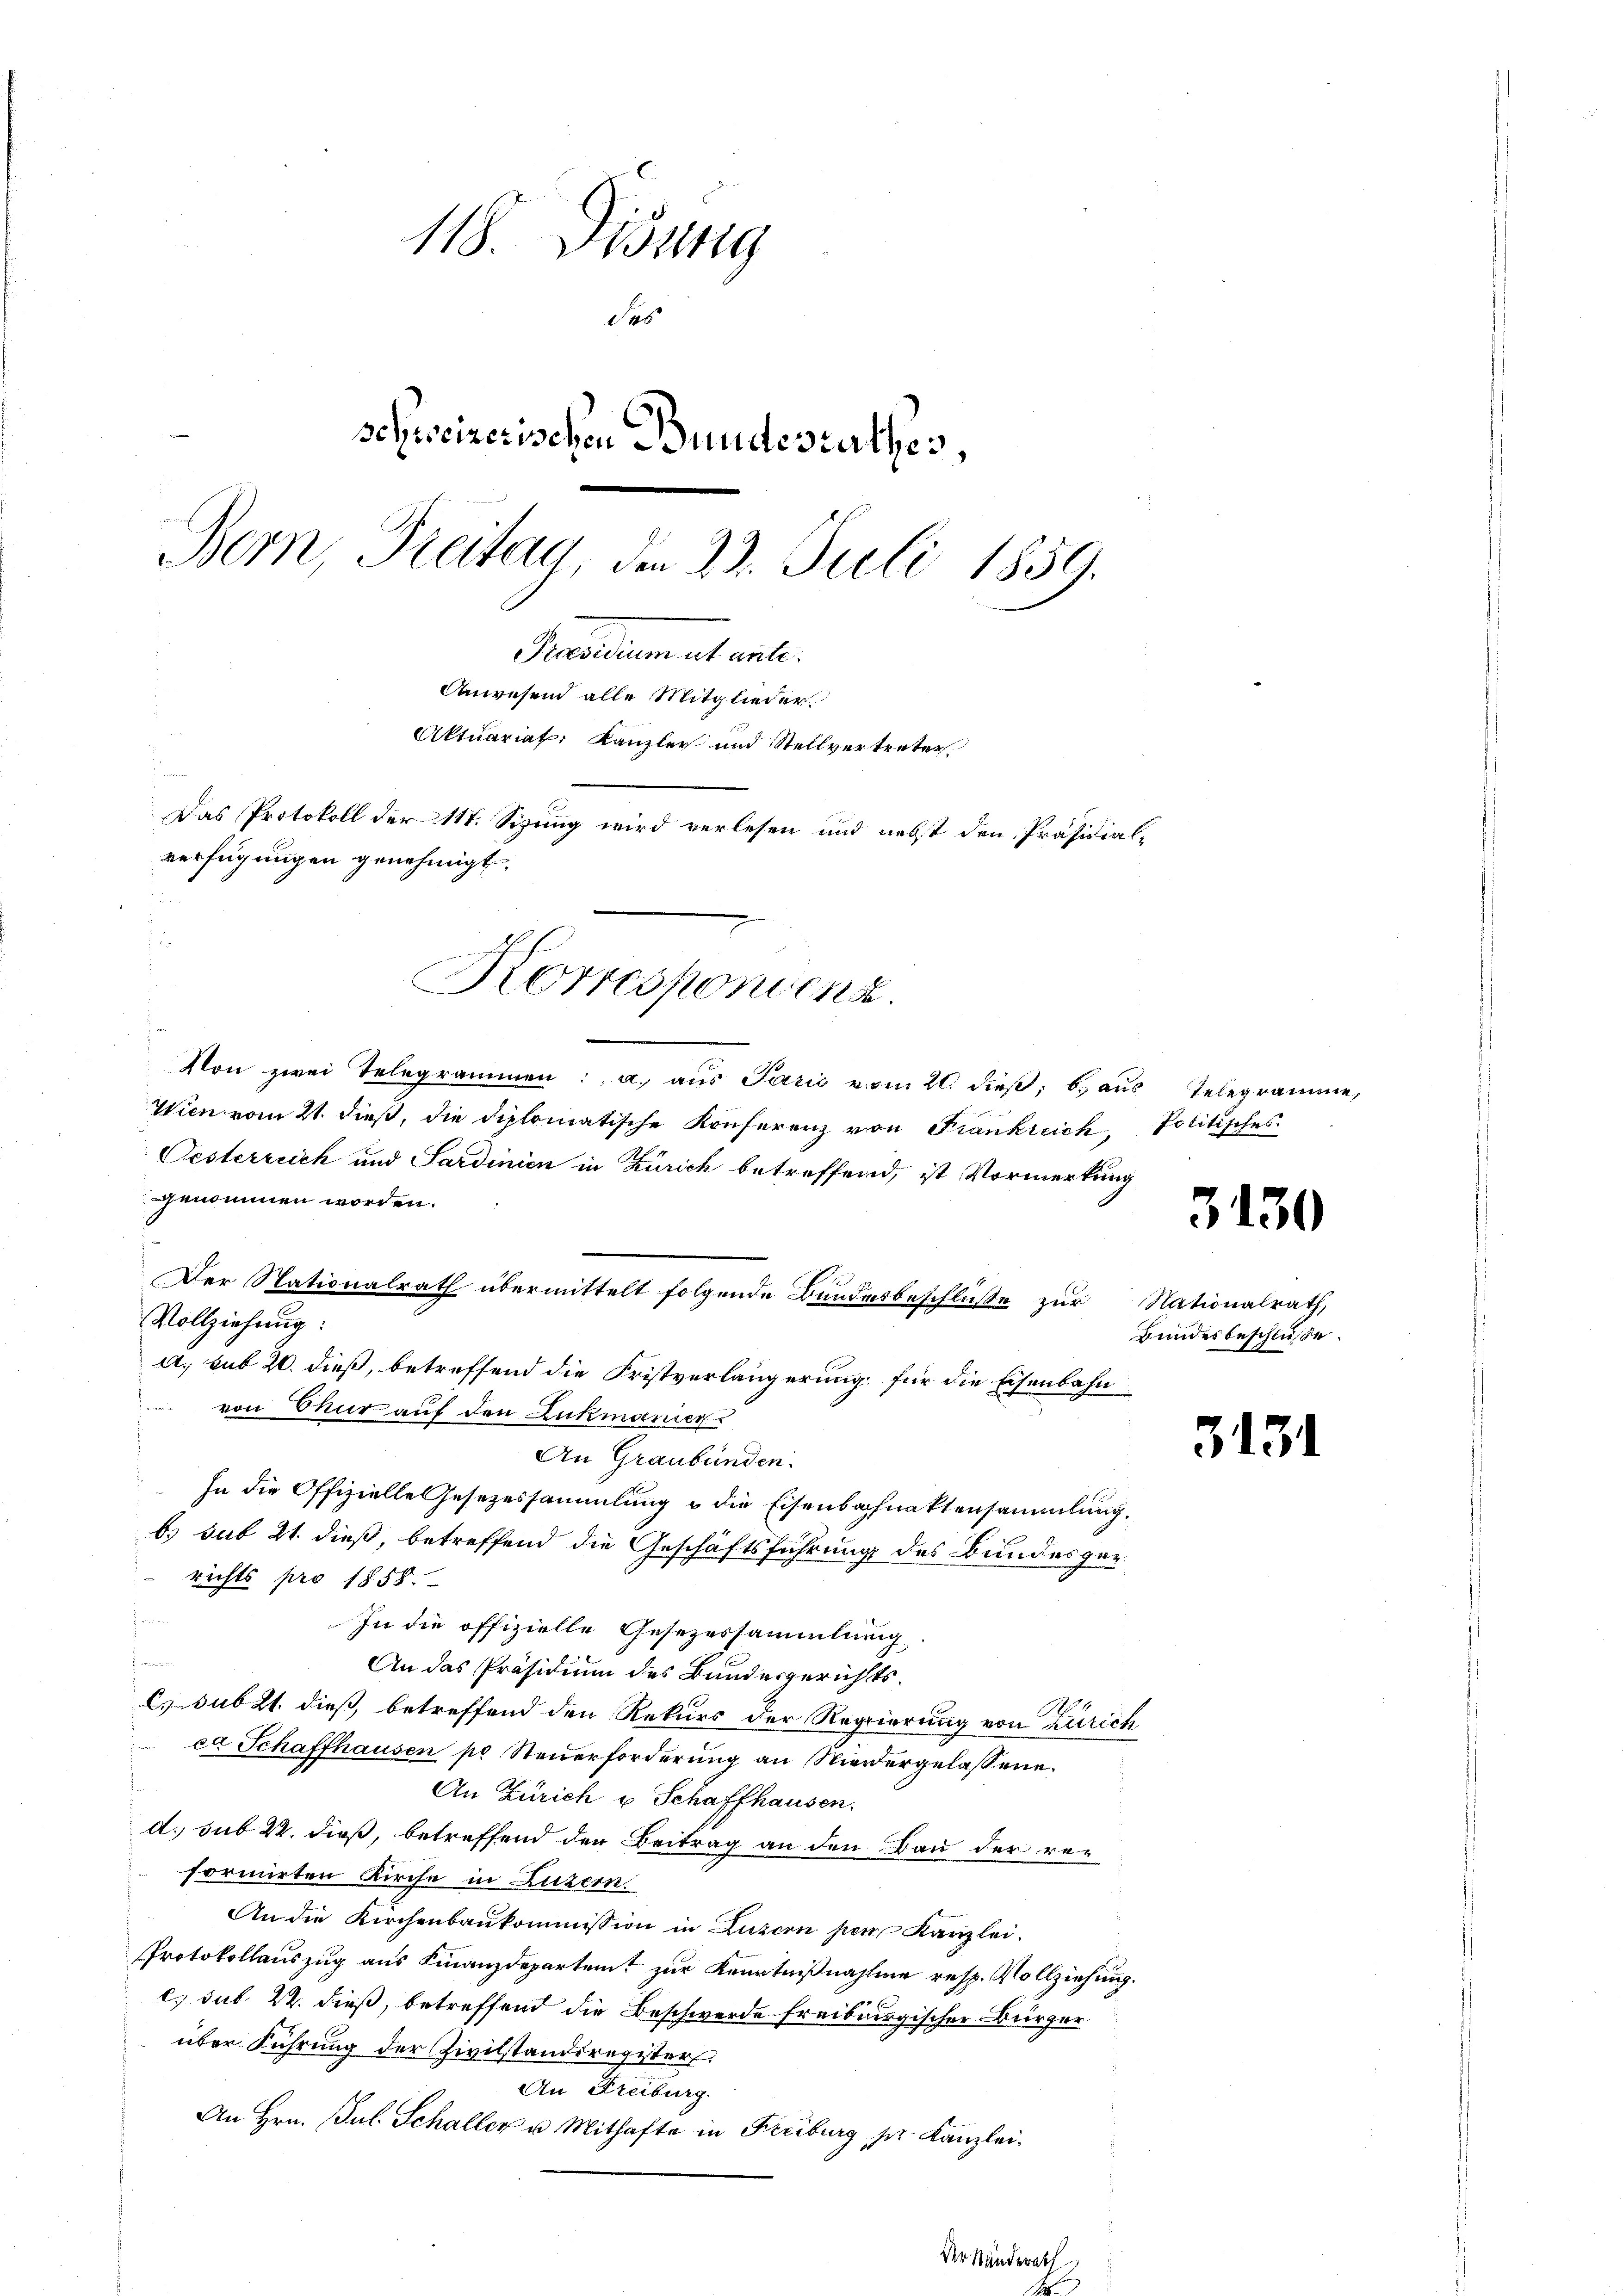
118. Disung
Sas
schweizerischen Bundesrathes,
Bern, Freitag, den 23. Juli 1859.
Praesidum ab will.
Anwesen alle Mitglieder.
Aktuariat, Kanzler und Stellvertreter.
1
Das Protokoll der 117. Sizung wird verlesen und nebst den Präsidialverfügungen genehmigt.

Von zwei Telegrammen: a. aŭs Parić vom 20. dieβ, b. aŭs Telegramme,
Wien vom 21. dieß, die diplomatische Konferenz von Frankreich, Politisches
Oesterreich und Sardinien in Zürich betreffend, ist Vormerkung
ggenommen worden.
Der Nationalrath übermittelt folgende Bundesbeschluße zur Nationalrath,
Vollziehung:
a. sub 20. dieß, betreffend die Fristverlängerung für die Eisenbahn
von Chur auf den Lukmanier
An Graubünden.
In die Offizielle Gesetzessammlung u die Eisenbahnaktensammlung.
b) sub 21. dieß, betreffend die Geschäftsführung des Bundesgerichts pro 1858.
In die offizielle Gesezessammlung
An das Präsidium des Bundesgerichtsc. sub 21. dieß, betreffend den Rekurs der Regierung von Zürich
ca Schaffhausen pr Steŭerforderung an Niedergelassene
.
An Zürich u Schaffhausen.
d. sub 22. dieß, betreffend den Beitrag an den Bau der reformirten Kirche in Luzern
An die Kirchenbaukommission in Luzern per Kanzlei.
Protokollauszug aus Finanzdepartamt zur Kenntnißnahme resp. Vollziehung.
c. sub. 22. dieß, betreffend die Beschwerde freiburgischer Bürger
über Führung der Zivilstandsregister
An Freiburg.
An Hrn. Jul. Schaller u. Mithafte in Freiburg pr. Kanzlei-

Korresponsens.

Der Han

3130

Bundesbeschlüße.

3131